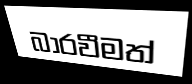
බාරවීමත්